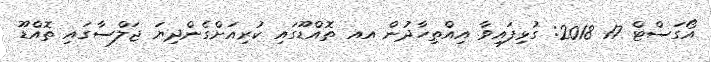
އޯގަސްޓް 17 2018: ގުޅިފައިވާ އިއްތިހާދުން އއ ތޮއްޑޫގައި ކުރިއަށްގެންދިޔަ ޖަލްސާގައި ތޮއްޑޫ